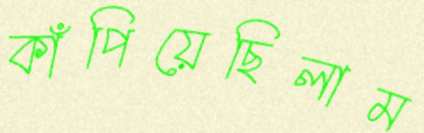
কাঁপিয়েছিলাম